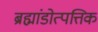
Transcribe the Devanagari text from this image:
ब्रह्मांडोत्पत्तिक